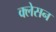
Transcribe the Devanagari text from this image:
क्‍लेसन